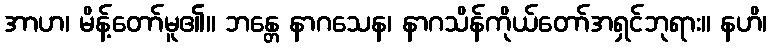
အာဟ၊ မိန့်တော်မူ၏။ ဘန္တေ နာဂသေန၊ နာဂသိန်ကိုယ်တော်အရှင်ဘုရား။ နဟိ၊